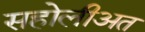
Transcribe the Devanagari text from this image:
सहोलीअत